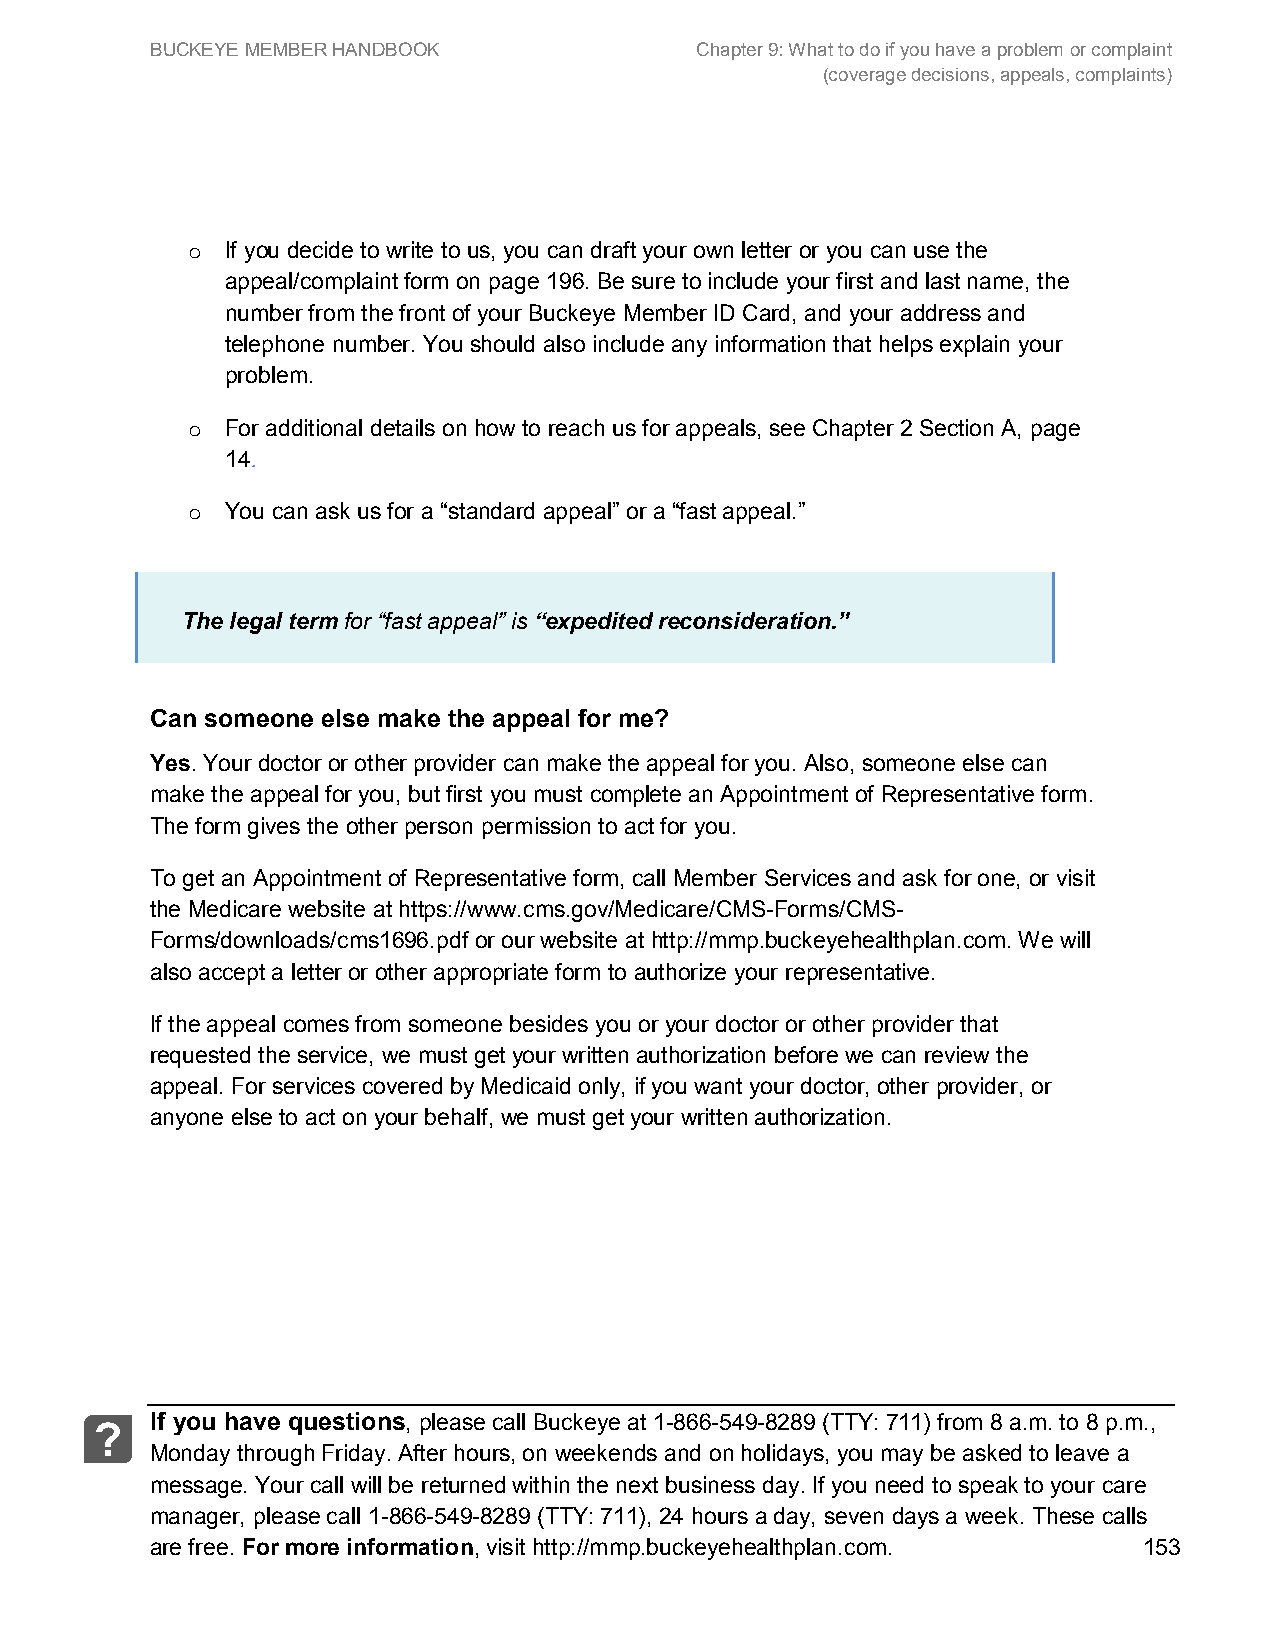
BUCKEYE MEMBER HANDBOOK             Chapter 9: What to do if you have a problem or complaint
 (coverage decisions, appeals, complaints)
 If you decide to write to us, you can draft your own letter or you can use the
 o
 appeal/complaint form on page 196. Be sure to include your first and last name, the
 number from the front of your Buckeye Member ID Card, and your address and
 telephone number. You should also include any information that helps explain your
 problem.
 For additional details on how to reach us for appeals, see Chapter 2 Section A, page
 o
 14.
 You can ask us for a “standard appeal” or a “fast appeal.”
 o
 The legal term for “fast appeal” is “expedited reconsideration.”
 Can someone else make the appeal for me?
 Yes. Your doctor or other provider can make the appeal for you. Also, someone else can
 make the appeal for you, but first you must complete an Appointment of Representative form.
 The form gives the other person permission to act for you.
 To get an Appointment of Representative form, call Member Services and ask for one, or visit
 the Medicare website at https://www.cms.gov/Medicare/CMS-Forms/CMS-
 Forms/downloads/cms1696.pdf or our website at http://mmp.buckeyehealthplan.com. We will
 also accept a letter or other appropriate form to authorize your representative.
 If the appeal comes from someone besides you or your doctor or other provider that
 requested the service, we must get your written authorization before we can review the
 appeal. For services covered by Medicaid only, if you want your doctor, other provider, or
 anyone else to act on your behalf, we must get your written authorization.
 If you have questions, please call Buckeye at 1-866-549-8289 (TTY: 711) from 8 a.m. to 8 p.m.,
 ?
 Monday through Friday. After hours, on weekends and on holidays, you may be asked to leave a
 message. Your call will be returned within the next business day. If you need to speak to your care
 manager, please call 1-866-549-8289 (TTY: 711), 24 hours a day, seven days a week. These calls
 are free. For more information, visit http://mmp.buckeyehealthplan.com. 153